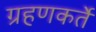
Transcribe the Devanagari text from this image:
ग्रहणकर्ते